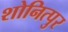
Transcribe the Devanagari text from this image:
शोनित्पुर